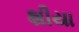
શીયા